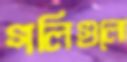
গলিগুলো